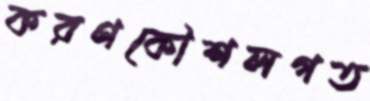
করণকৌশলগত